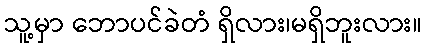
သူ့မှာ ဘောပင်ခဲတံ ရှိလား၊မရှိဘူးလား။